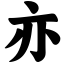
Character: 亦